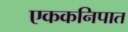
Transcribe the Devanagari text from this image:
एककनिपात